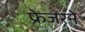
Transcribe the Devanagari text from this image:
फ्रेजरने